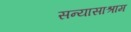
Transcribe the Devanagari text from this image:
सन्यासाश्राम